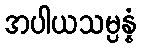
အပါယသမ္ပန္နံ